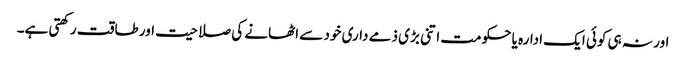
اور نہ ہی کوئی ایک ادارہ یا حکومت اتنی بڑی ذمے داری خود سے اٹھانے کی صلاحیت اور طاقت رکھتی ہے۔